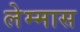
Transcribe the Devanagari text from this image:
लेम्मास